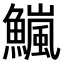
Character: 𫙹